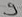
Text: 9